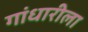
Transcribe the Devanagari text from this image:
गांधारीला